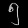
Digit: ၅